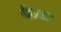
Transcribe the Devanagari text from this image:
वीसबार्ड